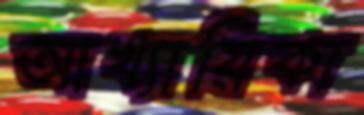
আখ্যায়িকা